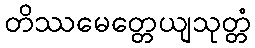
တိဿမေတ္တေယျသုတ္တံ